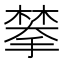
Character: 𫽷